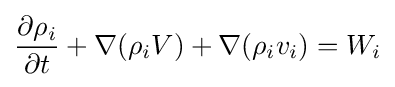
{\frac {\partial \rho _{i}}{\partial t}}+\nabla (\rho _{i}V)+\nabla (\rho _{i}v_{i})=W_{i}